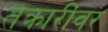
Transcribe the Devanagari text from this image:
तक्रारींवर